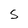
Character: 5